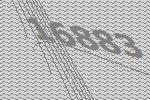
16883